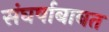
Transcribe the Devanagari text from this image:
संघर्षाबाबत